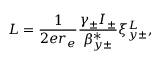
L = \frac { 1 } { 2 e r _ { e } } \frac { \gamma _ { \pm } I _ { \pm } } { \beta _ { y \pm } ^ { * } } \xi _ { y \pm } ^ { L } ,